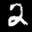
Label: 2